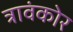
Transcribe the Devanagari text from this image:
त्रावंकोर